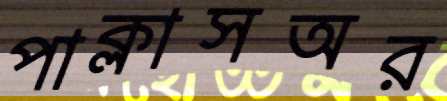
পাক্‌লাসঅর